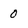
Character: 0